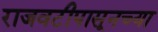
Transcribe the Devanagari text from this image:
राजवटीपासूनच्या